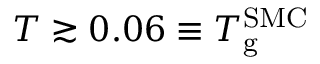
T \gtrsim 0 . 0 6 \equiv T _ { \mathrm { g } } ^ { \mathrm { S M C } }